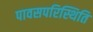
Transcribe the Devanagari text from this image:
पावसपरिस्थिति